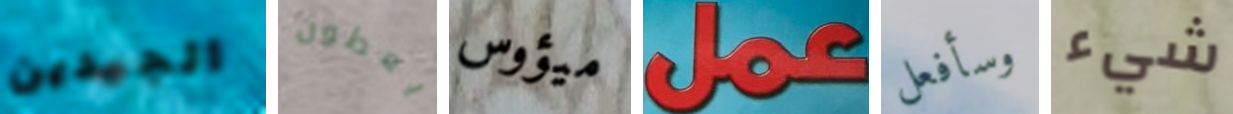
الجيدين يعطون ميؤوس عمل وسأفعل شيء